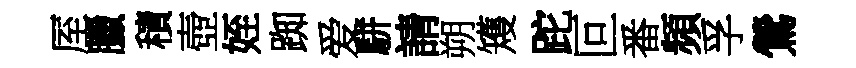
厔臘積壺姪踟爱駢請朔矱跎叵番頻孚鶯